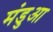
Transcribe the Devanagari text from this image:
मंडुआ